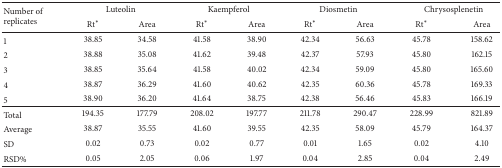
| <ROWSPAN=2> Number of replicates | <COLSPAN=2> Luteolin | <COLSPAN=2> Kaempferol | <COLSPAN=2> Diosmetin | <COLSPAN=2> Chrysosplenetin |
 | Rt∗ | Area | Rt∗ | Area | Rt∗ | Area | Rt∗ | Area |
 | --- | --- | --- | --- | --- | --- | --- | --- | --- |
 | 1 | 38.85 | 34.58 | 41.58 | 38.90 | 42.34 | 56.63 | 45.78 | 158.62 |
 | 2 | 38.88 | 35.08 | 41.62 | 39.48 | 42.37 | 57.93 | 45.80 | 162.15 |
 | 3 | 38.85 | 35.64 | 41.58 | 40.02 | 42.34 | 59.09 | 45.80 | 165.60 |
 | 4 | 38.87 | 36.29 | 41.60 | 40.62 | 42.35 | 60.36 | 45.78 | 169.33 |
 | 5 | 38.90 | 36.20 | 41.64 | 38.75 | 42.38 | 56.46 | 45.83 | 166.19 |
 | Total | 194.35 | 177.79 | 208.02 | 197.77 | 211.78 | 290.47 | 228.99 | 821.89 |
 | Average | 38.87 | 35.55 | 41.60 | 39.55 | 42.35 | 58.09 | 45.79 | 164.37 |
 | SD | 0.02 | 0.73 | 0.02 | 0.77 | 0.01 | 1.65 | 0.02 | 4.10 |
 | RSD% | 0.05 | 2.05 | 0.06 | 1.97 | 0.04 | 2.85 | 0.04 | 2.49 |